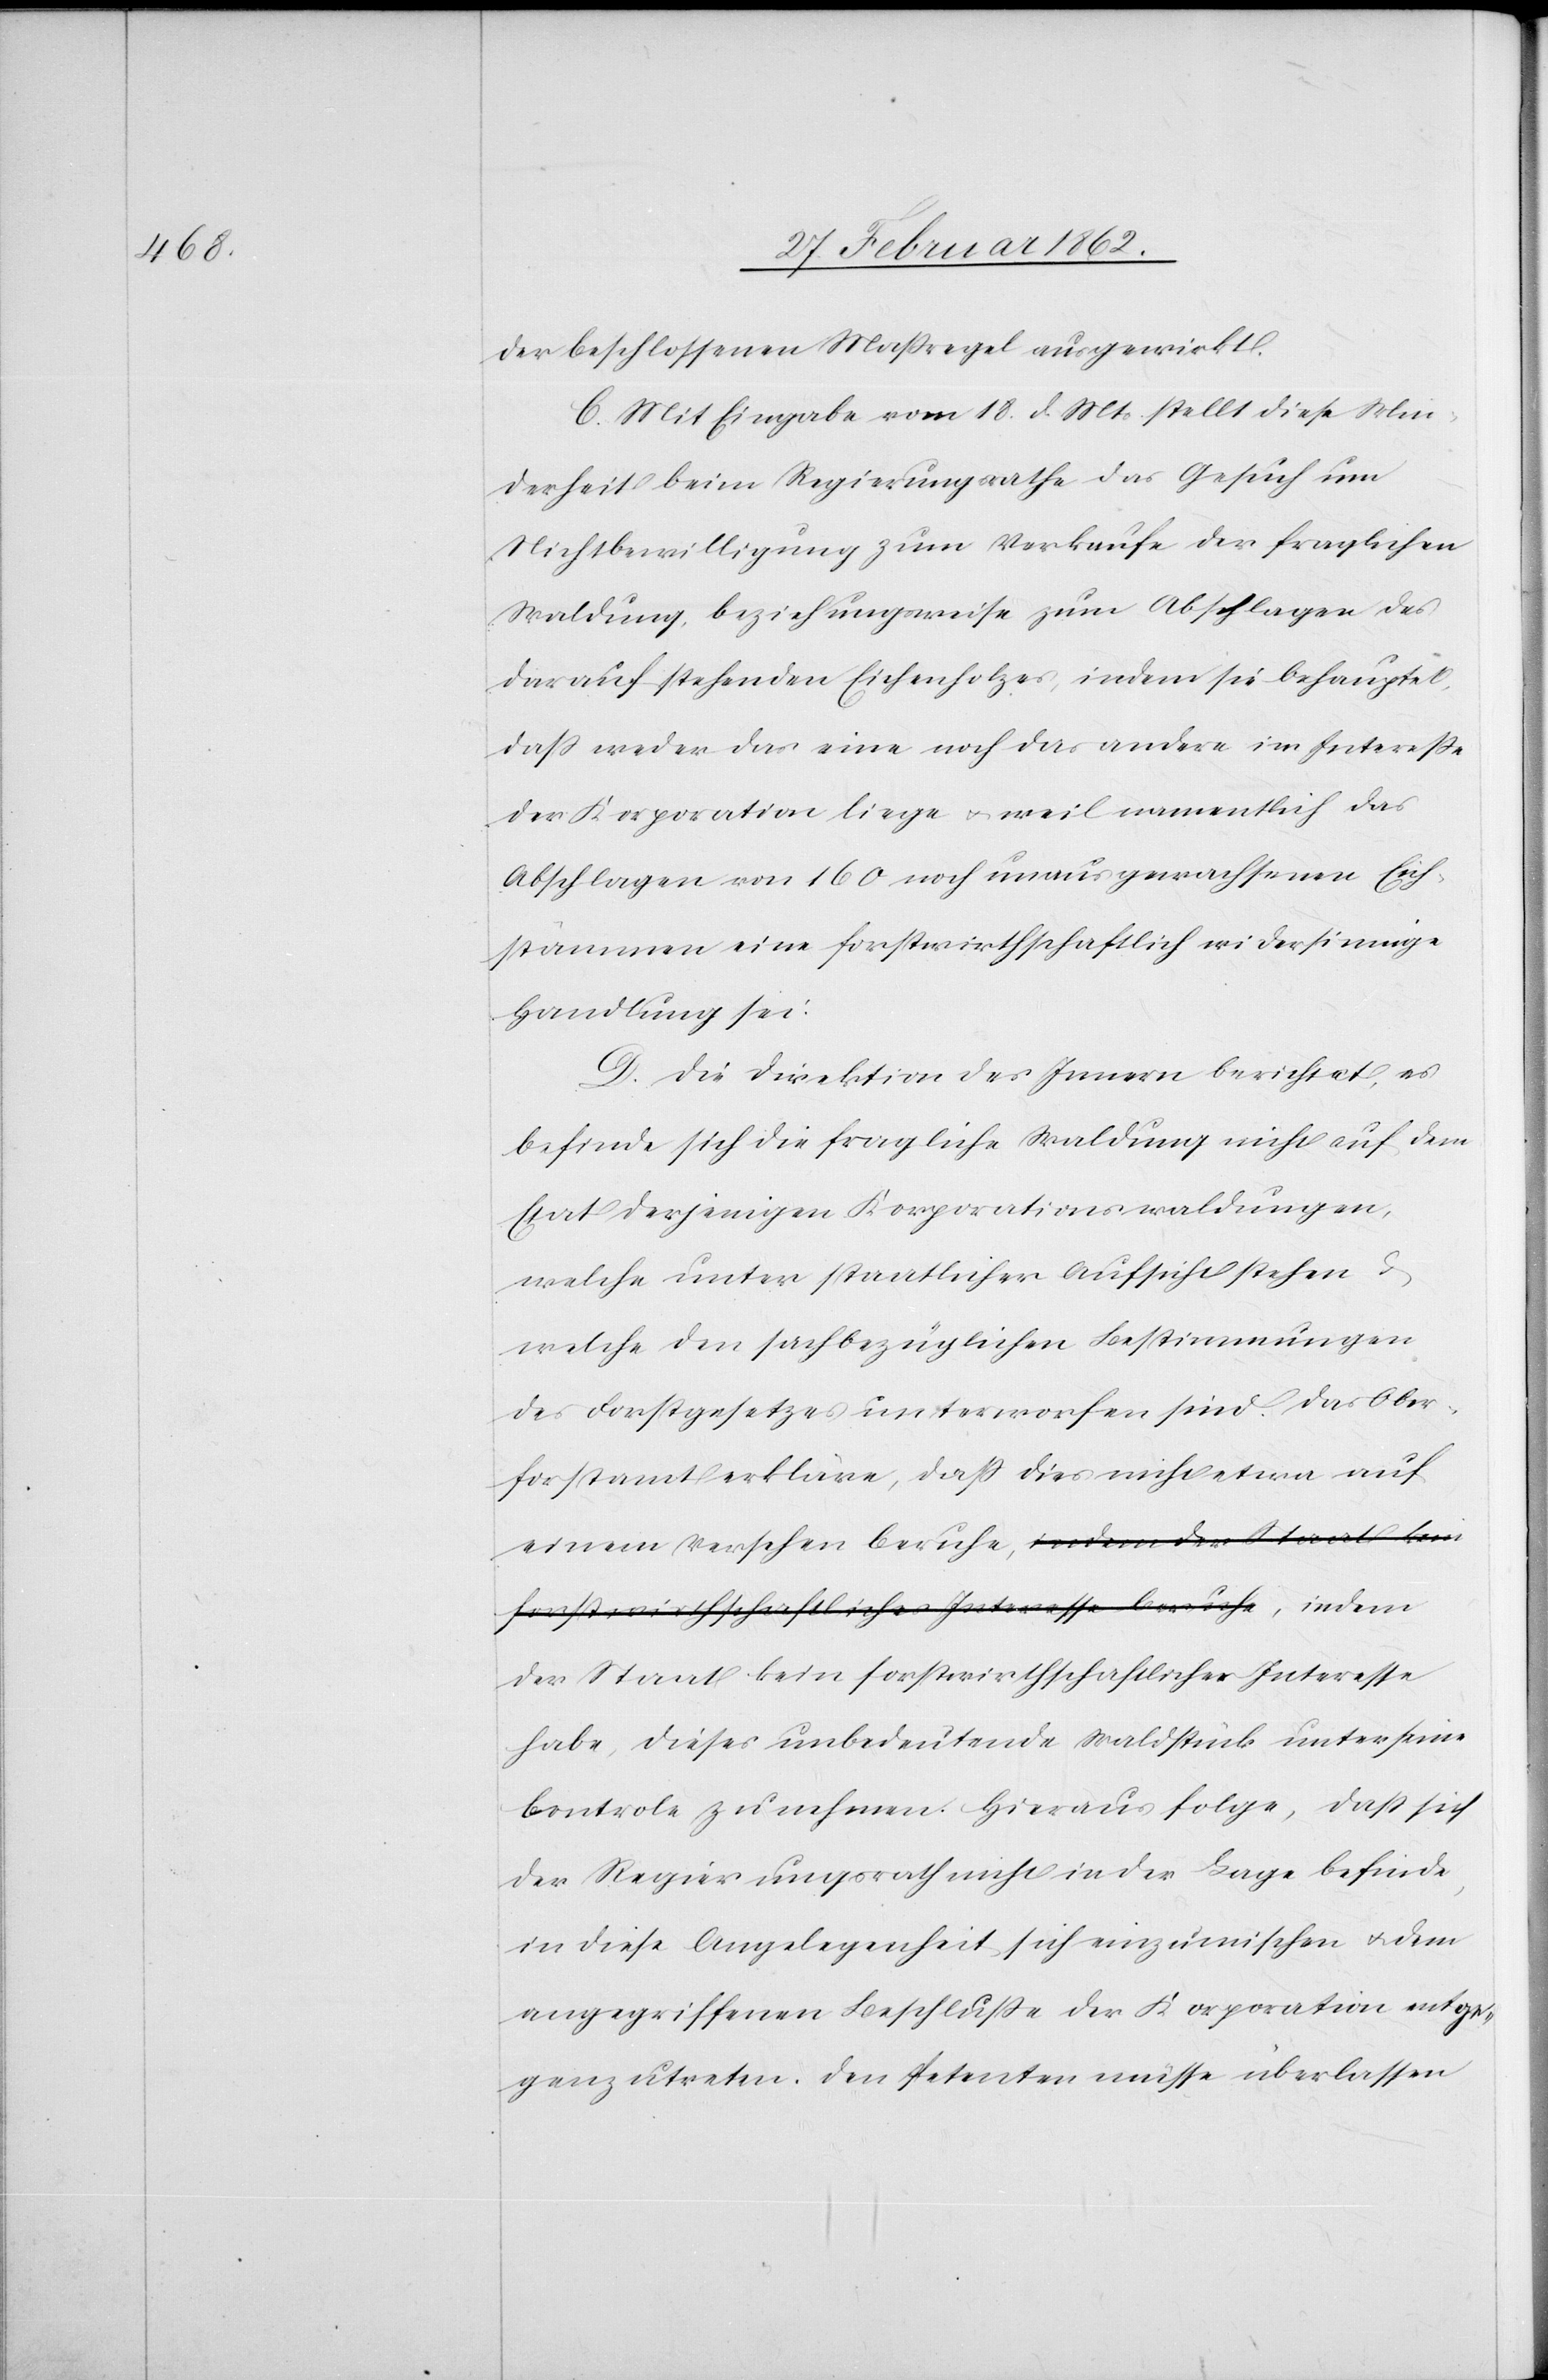
der beschlossenen Maßregel ausgewirkt.
C. Mit Eingabe vom 18. d. Mts. stellt diese Min¬
derheit beim Regierungsrathe das Gesuch um
Nichtbewilligung zum Verkaufe der fraglichen
Waldung, beziehungsweise zum Abschlagen des
darauf stehenden Eichenholzes, indem sie behauptet,
daß weder das eine noch das andere im Intereße
der Korporation liege u. weil namentlich das
Abschlagen von 160 noch unausgewachsenen Eich¬
stämmen eine forstwirthschaftlich widersinnige
Handlung sei.
D. Die Direktion des Innern berichtet, es
befinde sich die fragliche Waldung nicht auf dem
Etat derjenigen Korporationswaldungen,
welche unter staatlicher Ausicht stehen &
welche den sachbezüglichen Bestimmungen
des Forstgesetzes unterworfen sind. Das Ober¬
forstamt erkläre, daß dies nicht etwa auf
einem Versehen beruhe, indem
der Staat kein forstwirthschaftliches Interesse
habe, dieses unbedeutende Waldstück unter seine
Controle zu nehmen. Hieraus folge, daß sich
der Regierungsrath nicht in der Lage befinde,
in diese Angelegenheit sich einzumischen u. dem
angegriffenen Beschlusse der Korporation entge¬
genzutreten. Den Petenten müsse überlassen